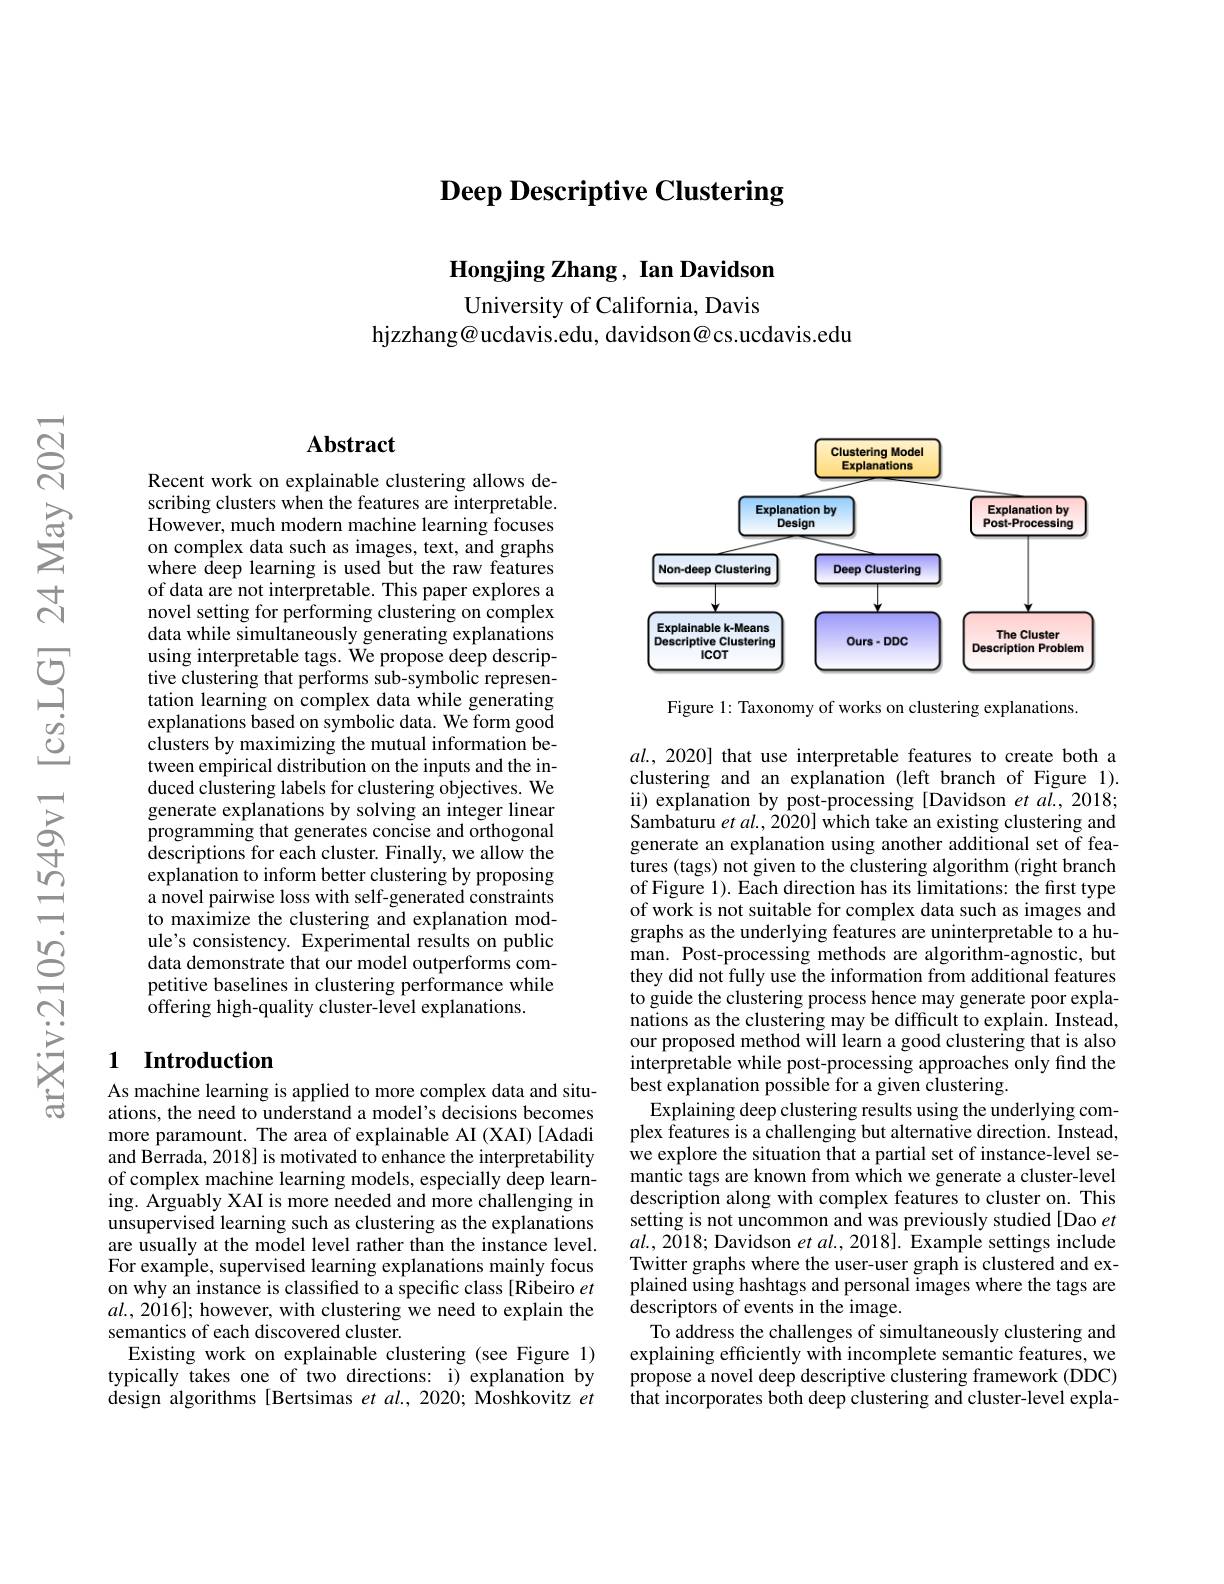
$\textbf{Deep Descriptive Clustering}$

Hongjing Zhang, Ian Davidson

University of California, Davis
hjzzhang@ucdavis.edu, davidson@cs.ucdavis.edu

## $\mathbf{Abstract}$

Recent work on explainable clustering allows describing clusters when the features are interpretable. However, much modern machine learning focuses on complex data such as images, text, and graphs where deep learning is used but the raw features of data are not interpretable. This paper explores a novel setting for performing clustering on complex data while simultaneously generating explanations using interpretable tags. We propose deep descriptive clustering that performs sub-symbolic representation learning on complex data while generating explanations based on symbolic data. We form good clusters by maximizing the mutual information between empirical distribution on the inputs and the induced clustering labels for clustering objectives. We generate explanations by solving an integer linear programming that generates concise and orthogonal descriptions for each cluster. Finally, we allow the explanation to inform better clustering by proposing a novel pairwise loss with self-generated constraints to maximize the clustering and explanation module's consistency. Experimental results on public data demonstrate that our model outperforms competitive baselines in clustering performance while offering high-quality cluster-level explanations.

## 1 Introduction

As machine learning is applied to more complex data and situations, the need to understand a model's decisions becomes more paramount. The area of explainable AI (XAI) [Adadi and Berrada, 2018] is motivated to enhance the interpretability of complex machine learning models, especially deep learning. Arguably XAI is more needed and more challenging in unsupervised learning such as clustering as the explanations are usually at the model level rather than the instance level. For example, supervised learning explanations mainly focus on why an instance is classified to a specific class [Ribeiro $et$ $al.,2016];$ however, with clustering we need to explain the semantics of each discovered cluster.
Existing work on explainable clustering (see Figure 1) typically takes one of two directions: i) explanation by design algorithms [Bertsimas et al., 2020; Moshkovitz et

<FigureHere>

Figure 1: Taxonomy of works on clustering explanations.

$al.,2020]$ that use interpretable features to create both a clustering and an explanation (left branch of Figure 1). ii) explanation by post-processing [Davidson et al., 2018; Sambaturu $etal.,2020]$ which take an existing clustering and generate an explanation using another additional set of features (tags) not given to the clustering algorithm (right branch of Figure 1). Each direction has its limitations: the first type of work is not suitable for complex data such as images and graphs as the underlying features are uninterpretable to a human. Post-processing methods are algorithm-agnostic, but they did not fully use the information from additional features to guide the clustering process hence may generate poor explanations as the clustering may be difficult to explain. Instead, our proposed method will learn a good clustering that is also interpretable while post-processing approaches only find the best explanation possible for a given clustering.
Explaining deep clustering results using the underlying complex features is a challenging but alternative direction. Instead, we explore the situation that a partial set of instance-level semantic tags are known from which we generate a cluster-level description along with complex features to cluster on. This setting is not uncommon and was previously studied [Dao et $al.,2018;$ Davidson $etal.,2018].$ Example settings include Twitter graphs where the user-user graph is clustered and explained using hashtags and personal images where the tags are $\tilde{\text{descriptors of events in the image}}.$
To address the challenges of simultaneously clustering and explaining efficiently with incomplete semantic features, we propose a novel deep descriptive clustering framework (DDC) that incorporates both deep clustering and cluster-level expla-